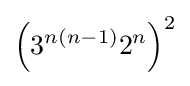
\left(3^{n(n-1)}2^{n}\right)^{2}